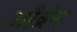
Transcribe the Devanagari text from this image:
औब्रेन